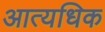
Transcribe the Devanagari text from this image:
आत्यधिक